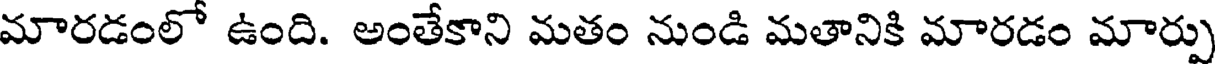
మారడంలో ఉంది. అంతేకాని మతం నుండి మతానికి మారడం మార్పు